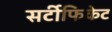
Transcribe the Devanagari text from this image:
सर्टीफिकेट